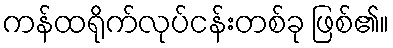
ကန်ထရိုက်လုပ်ငန်းတစ်ခု ဖြစ်၏။